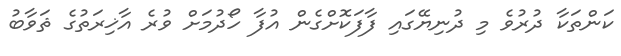
ކަންތަކާ ދުރުވެ މި ދުނިޔޭގައި ފާފަކޮށްގެން އުފާ ހޯދުމަށް ވުރެ އާޚިރަތުގެ ޘަވާބު